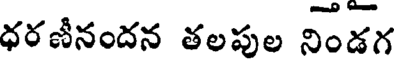
ధరణీనందన తలపుల నిండగ